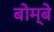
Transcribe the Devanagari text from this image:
बोम्‍बे